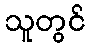
သူတွင်